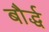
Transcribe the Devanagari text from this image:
बौर्द्ध